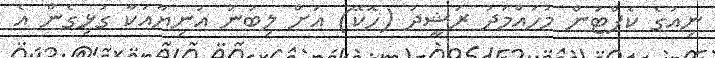
ނިއުގެ ކެޕްޓަން މުހައްމަދު ރަޝީދު (ހޮކޭ) އަށް ލިބުނު އަނިޔާއަކާ ގުޅިގެން އެ